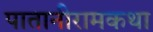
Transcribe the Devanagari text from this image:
पातानीरामकथा